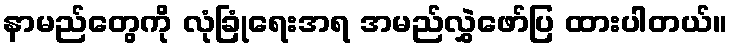
နာမည်တွေကို လုံခြုံရေးအရ အမည်လွှဲဖော်ပြ ထားပါတယ်။